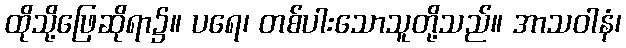
ထိုသို့ဖြေဆိုရာ၌။ ပရေ၊ တစ်ပါးသောသူတို့သည်။ အာသဝါနံ၊